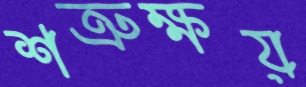
শত্রুক্ষয়